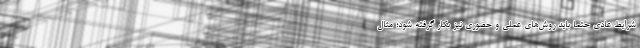
شرایط عادی حتما باید روش‌های عملی و حضوری نیز بکار گرفته شود؛ مثال